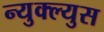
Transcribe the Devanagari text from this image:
न्युक्ल्युस